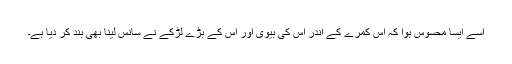
اسے ایسا محسوس ہوا کہ اس کمرے کے اندر اس کی بیوی اور اس کے بڑے لڑکے نے سانس لینا بھی بند کر دیا ہے۔